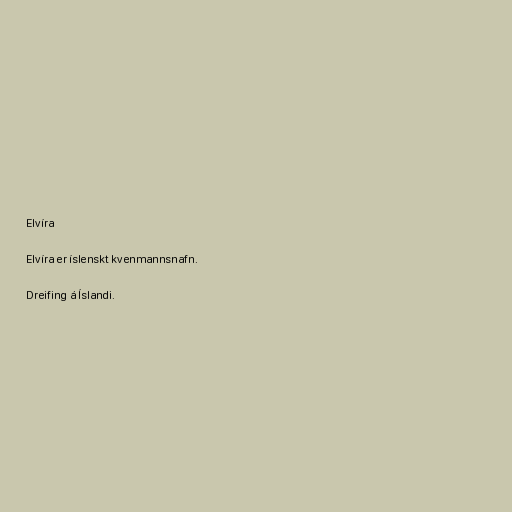
Elvíra

Elvíra er íslenskt kvenmannsnafn.

Dreifing á Íslandi.